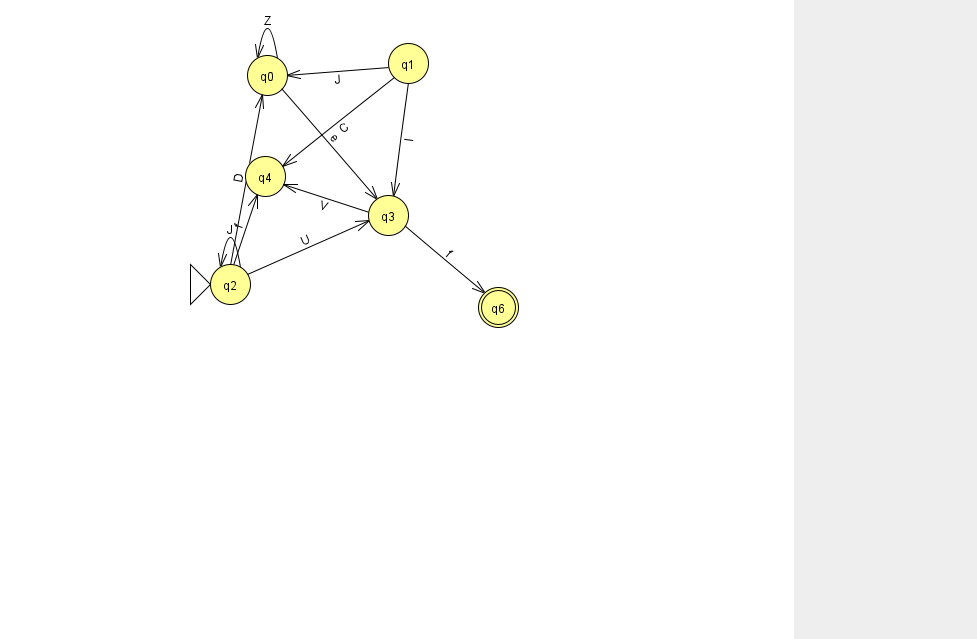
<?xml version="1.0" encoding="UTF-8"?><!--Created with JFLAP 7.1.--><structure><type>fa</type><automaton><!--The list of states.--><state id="0" name="q0"><x>267.0</x><y>62.0</y></state><state id="1" name="q1"><x>408.0</x><y>50.0</y></state><state id="2" name="q2"><x>230.0</x><y>271.0</y><initial/></state><state id="3" name="q3"><x>388.0</x><y>202.0</y></state><state id="4" name="q4"><x>265.0</x><y>163.0</y></state><state id="6" name="q6"><x>498.0</x><y>294.0</y><final/></state><!--The list of transitions.--><transition><from>3</from><to>6</to><read>f</read></transition><transition><from>0</from><to>3</to><read>e</read></transition><transition><from>1</from><to>4</to><read>C</read></transition><transition><from>3</from><to>4</to><read>V</read></transition><transition><from>2</from><to>4</to><read>f</read></transition><transition><from>1</from><to>3</to><read>I</read></transition><transition><from>0</from><to>0</to><read>Z</read></transition><transition><from>2</from><to>2</to><read>J</read></transition><transition><from>2</from><to>3</to><read>U</read></transition><transition><from>1</from><to>0</to><read>J</read></transition><transition><from>2</from><to>0</to><read>D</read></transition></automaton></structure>